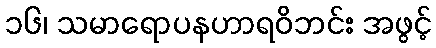
၁၆၊ သမာရောပနဟာရဝိဘင်း အဖွင့်